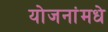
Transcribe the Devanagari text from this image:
योजनांमधे